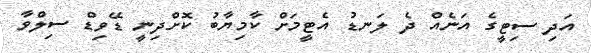
އަދި ސިޓީގެ އަނެއް ދެ ލަނޑު އެޓީމަށް ކާމިޔާބު ކޮށްދިނީ ޑޭވިޑް ސިލްވާ